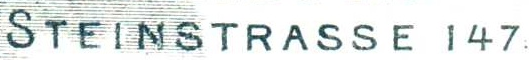
STEINSTRASSE 147